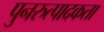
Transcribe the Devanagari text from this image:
पुनरुत्पादकता